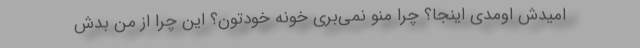
امیدش اومدی اینجا؟ چرا منو نمی‌بری خونه خودتون؟ این چرا از من بدش